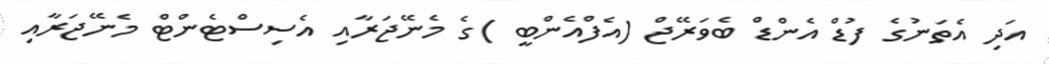
އަދި އެތަނުގެ ފުޑް އެންޑް ބެވަރޭޖް (އެފްއެންބީ )ގެ މެނޭޖަރާއި އެސިސްޓެންޓް މެނޭޖަރާއި